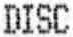
DISC